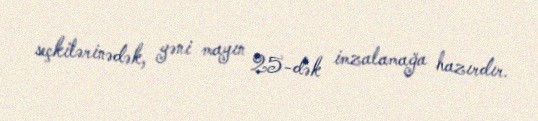
seçkilərinədək, yəni mayın 25-dək imzalamağa hazırdır.